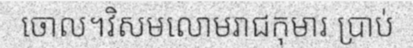
ចោល។វិសមលោមរាជកុមារ ប្រាប់